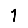
Digit: 1